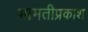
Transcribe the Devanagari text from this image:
भामतीप्रकाश